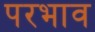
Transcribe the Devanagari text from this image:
परभाव